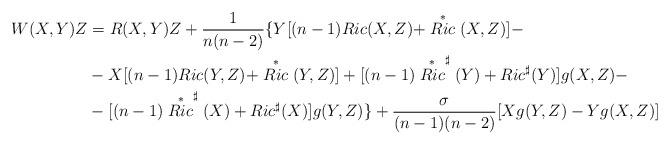
LaTeX: \begin{align*} W(X,Y)Z &=R(X,Y)Z+\frac{1}{n(n-2)}\{Y[(n-1)Ric(X,Z)+\stackrel{*}{Ric}(X,Z)]-\\ & -X[(n-1)Ric(Y,Z)+\stackrel{*}{Ric}(Y,Z)]+[(n-1)\stackrel{*}{Ric}^\sharp (Y)+Ric^\sharp (Y)]g(X,Z)- \\ & -[(n-1)\stackrel{*}{Ric}^\sharp (X)+Ric^\sharp (X)]g(Y,Z)\}+\frac{\sigma}{(n-1)(n-2)}[Xg(Y,Z)-Yg(X,Z)] \end{align*}